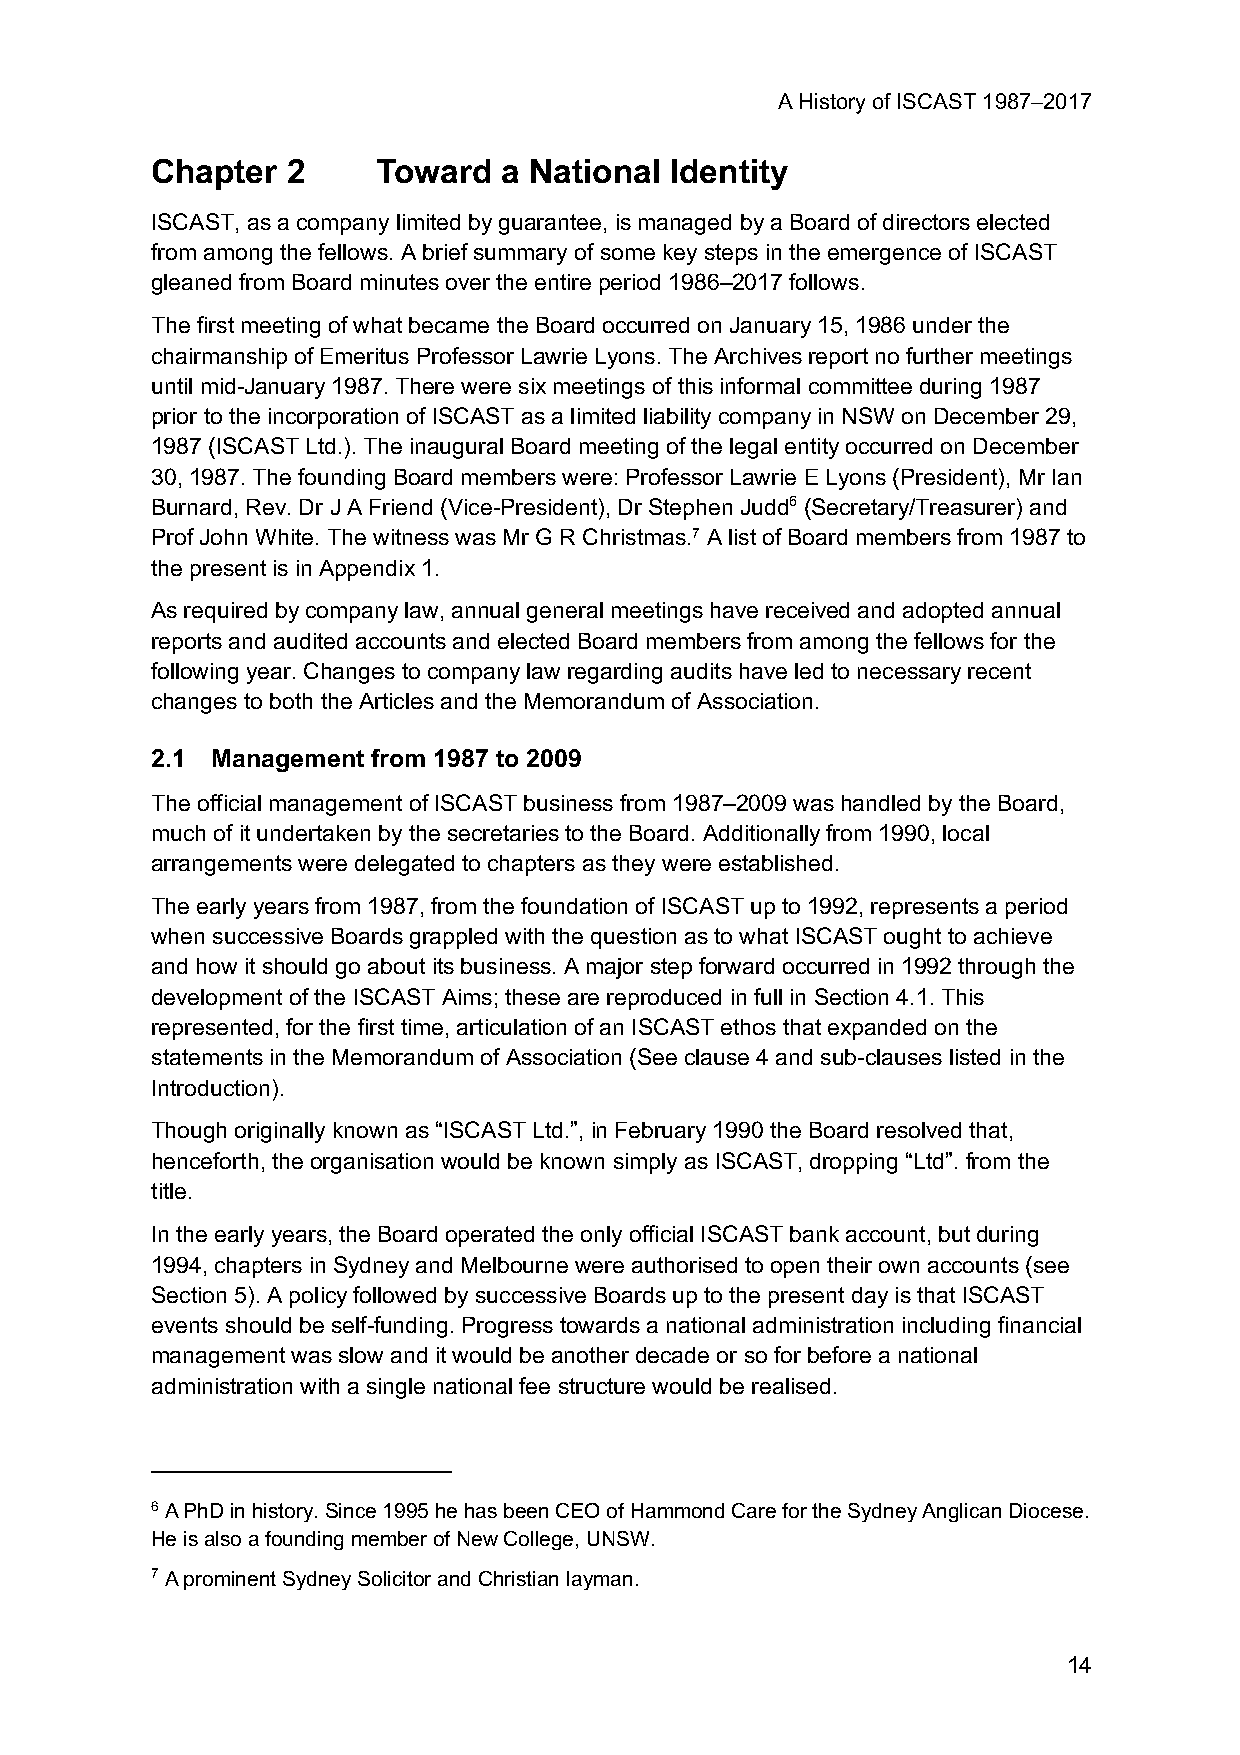
A History of ISCAST 1987–2017
 Chapter  2     Toward  a National Identity
 ISCAST, as a company limited by guarantee, is managed by a Board of directors elected
 from among the fellows. A brief summary of some key steps in the emergence of ISCAST
 gleaned from Board minutes over the entire period 1986–2017 follows.
 The first meeting of what became the Board occurred on January 15, 1986 under the
 chairmanship of Emeritus Professor Lawrie Lyons. The Archives report no further meetings
 until mid-January 1987. There were six meetings of this informal committee during 1987
 prior to the incorporation of ISCAST as a limited liability company in NSW on December 29,
 1987 (ISCAST Ltd.). The inaugural Board meeting of the legal entity occurred on December
 30, 1987. The founding Board members were: Professor Lawrie E Lyons (President), Mr Ian
 Burnard, Rev. Dr J A Friend (Vice-President), Dr Stephen Judd6 (Secretary/Treasurer) and
 Prof John White. The witness was Mr G R Christmas.7 A list of Board members from 1987 to
 the present is in Appendix 1.
 As required by company law, annual general meetings have received and adopted annual
 reports and audited accounts and elected Board members from among the fellows for the
 following year. Changes to company law regarding audits have led to necessary recent
 changes to both the Articles and the Memorandum of Association.
 2.1 Management from 1987 to 2009
 The official management of ISCAST business from 1987–2009 was handled by the Board,
 much of it undertaken by the secretaries to the Board. Additionally from 1990, local
 arrangements were delegated to chapters as they were established.
 The early years from 1987, from the foundation of ISCAST up to 1992, represents a period
 when successive Boards grappled with the question as to what ISCAST ought to achieve
 and how it should go about its business. A major step forward occurred in 1992 through the
 development of the ISCAST Aims; these are reproduced in full in Section 4.1. This
 represented, for the first time, articulation of an ISCAST ethos that expanded on the
 statements in the Memorandum of Association (See clause 4 and sub-clauses listed in the
 Introduction).
 Though originally known as “ISCAST Ltd.”, in February 1990 the Board resolved that,
 henceforth, the organisation would be known simply as ISCAST, dropping “Ltd”. from the
 title.
 In the early years, the Board operated the only official ISCAST bank account, but during
 1994, chapters in Sydney and Melbourne were authorised to open their own accounts (see
 Section 5). A policy followed by successive Boards up to the present day is that ISCAST
 events should be self-funding. Progress towards a national administration including financial
 management was slow and it would be another decade or so for before a national
 administration with a single national fee structure would be realised.
 6 A PhD in history. Since 1995 he has been CEO of Hammond Care for the Sydney Anglican Diocese.
 He is also a founding member of New College, UNSW.
 7 A prominent Sydney Solicitor and Christian layman.
 14